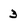
Character: 3